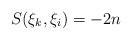
LaTeX: \begin{align*}S(\xi _{k},\xi _{i})=-2n\end{align*}